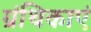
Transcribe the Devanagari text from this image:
ग्रंथिकाएं